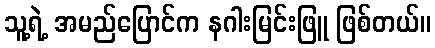
သူ့ရဲ့ အမည်ပြောင်က နဂါးမြင်းဖြူ ဖြစ်တယ်။